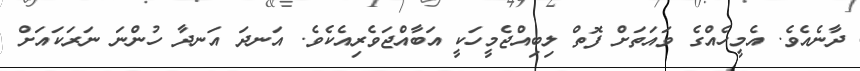
ދާނެއެވެ. އެމީހެއްގެ ވައަތަށް ފޮތް ލިބިއްޖެމީހަކީ އަބާއްޖަވެރިއެކެވެ. އަނދަ އަނދާ ހުންނަ ނަރަކައަށް